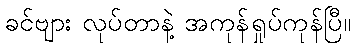
ခင်ဗျား လုပ်တာနဲ့ အကုန်ရှုပ်ကုန်ပြီ။